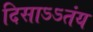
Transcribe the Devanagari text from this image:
दिसाऽऽतंय